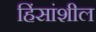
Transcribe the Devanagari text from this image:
हिंसांशील